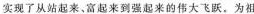
实现了从站起来，富起来到强起来的伟大飞跃。为祖